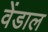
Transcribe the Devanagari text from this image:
वेंडाल